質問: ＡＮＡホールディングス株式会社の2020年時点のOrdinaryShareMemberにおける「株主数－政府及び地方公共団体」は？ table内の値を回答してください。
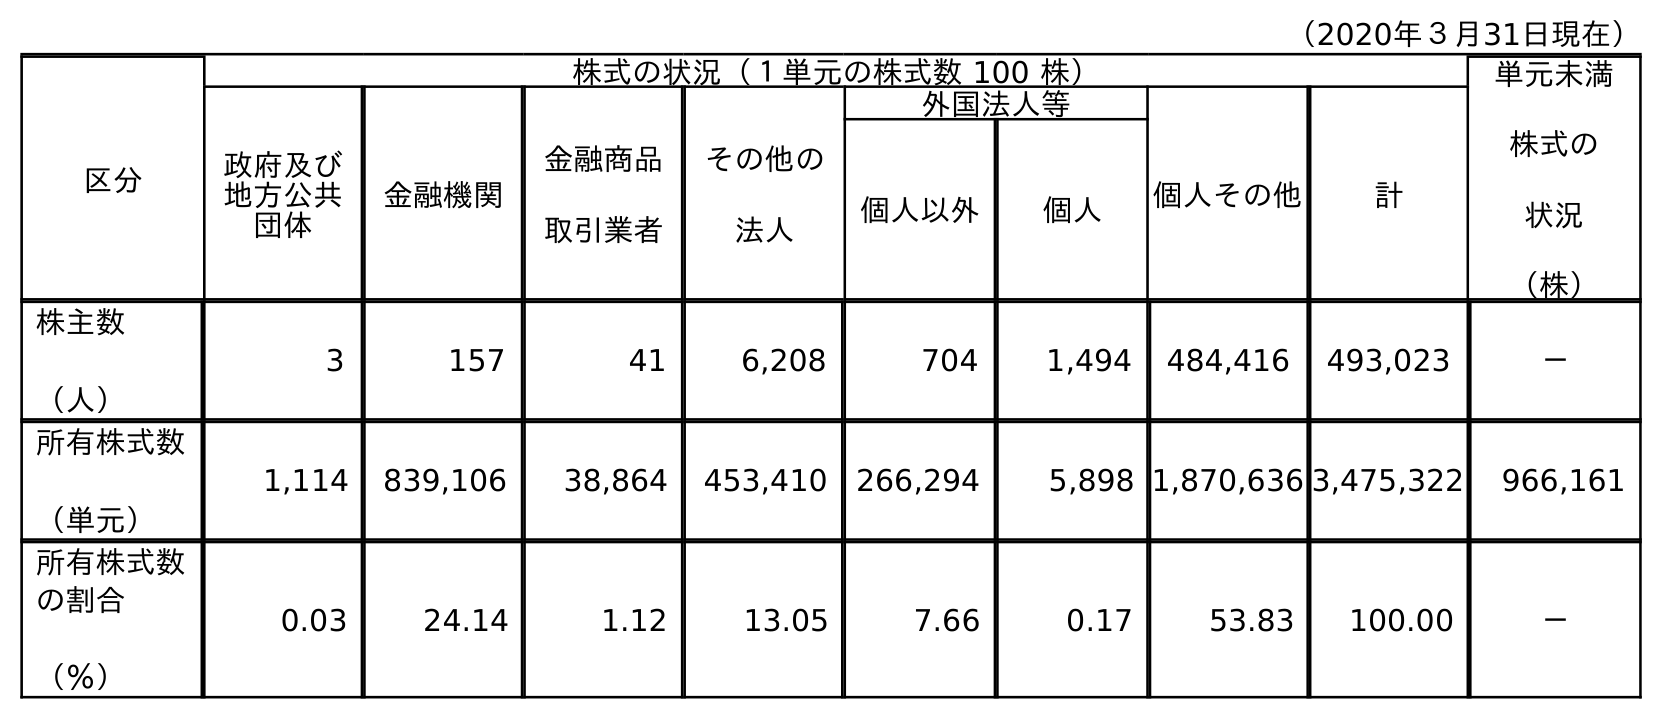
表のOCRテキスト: （2020年３月31日現在） 区分 株式の状況（１単元の株式数 100 株） 単元未満 株式の 状況 （株） 政府及び 地方公共 団体 金融機関 金融商品 取引業者 その他の 法人 外国法人等 個人その他 計 個人以外 個人 株主数 （人） 3 157 41 6,208 704 1,494 484,416 493,023 － 所有株式数 （単元） 1,114 839,106 38,864 453,410 266,294 5,898 1,870,636 3,475,322 966,161 所有株式数 の割合 （％） 0.03 24.14 1.12 13.05 7.66 0.17 53.83 100.00 －
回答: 3